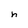
Character: h